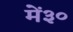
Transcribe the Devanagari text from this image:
में३०